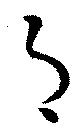
月